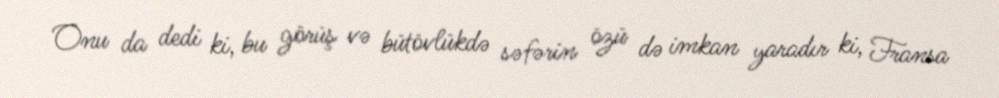
Onu da dedi ki, bu görüş və bütövlükdə səfərin özü də imkan yaradır ki, Fransa